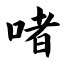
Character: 啫